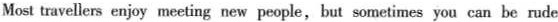
Most travellers enjoy meeting new people,but sometimes you can be rude